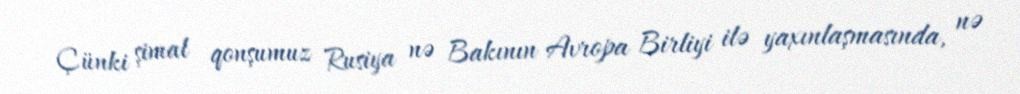
Çünki şimal qonşumuz Rusiya nə Bakının Avropa Birliyi ilə yaxınlaşmasında, nə